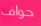
حواف